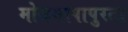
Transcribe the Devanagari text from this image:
मोजमापापुरता